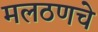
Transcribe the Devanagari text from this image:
मलठणचे